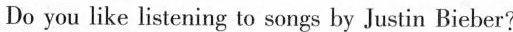
Do you like listening to songs by Justin Bieber?